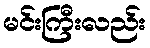
မင်းကြီးလည်း